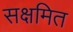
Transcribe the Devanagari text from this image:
सक्षमित